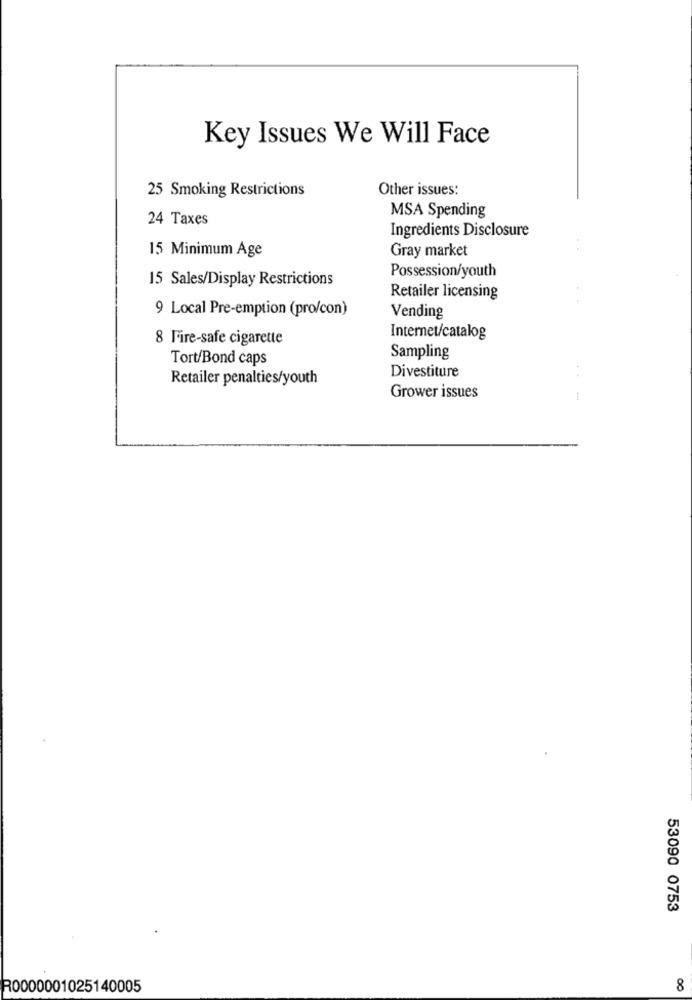
Key Issues We Will Face
25 Smoking Restrictions
Other issues:
24 Taxes
MSA Spending
Ingredients Disclosure
15 Minimum Age
Gray market
Possession/youth
15 Sales/Display Restrictions
Retailer licensing
9 Local Pre-emption (pro/con)
Vending
8 Fire-safe cigarette
Internet/catalog
Tort/Bond caps
Sampling
Divestiture
Retailer penalties/youth
Grower issues
53090 0753
R0000001025140005
8